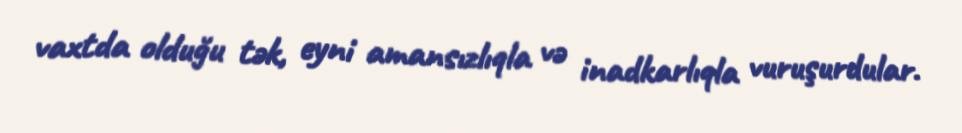
vaxtda olduğu tək, eyni amansızlıqla və inadkarlıqla vuruşurdular.